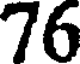
76